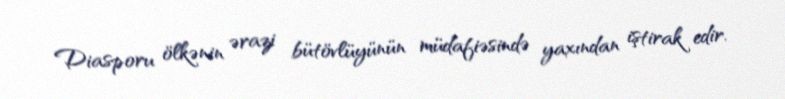
Diasporu ölkənin ərazi bütövlüyünün müdafiəsində yaxından iştirak edir.